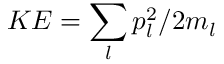
K E = \sum _ { l } p _ { l } ^ { 2 } / 2 m _ { l }